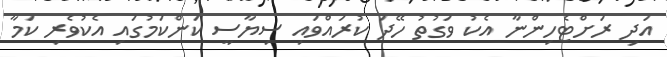
އަދި ރަށްޓެހިންނާ އެކު ވަގުތު ހޭދަ ކުރައްވައި ސިޔާސީ ކަންކަމުގައި އެކުވެރި ކަމާ